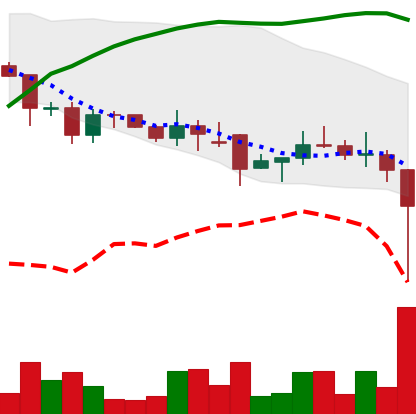
Ticker: DOGE-USD
Chart end date: 2021-12-04
Forward return: -5.238%
Label: down_5_7